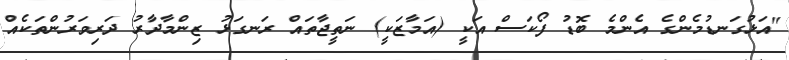
"އަޅުގަނޑުމެންގެ އެންމެ ބޮޑު ފޯކަސް އަކީ (އަމާޒަކީ) ނަތީޖާތައް ރަނގަޅު ޒިންމާދާރު ދަރިވަރުންތަކެއް